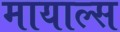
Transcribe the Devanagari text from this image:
मायाल्स